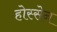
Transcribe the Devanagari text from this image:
होस्सेन